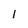
Character: 1